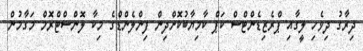
ދިރާގު ދިވެހި ލީގާއި ޕްރެޒިޑެންޓްސް ކަޕް ކާމިޔާބުކޮށްދިން ފިންލެންްޑްގެ މިކާ ލޮންސްޓްރޮމް މަގާމުން